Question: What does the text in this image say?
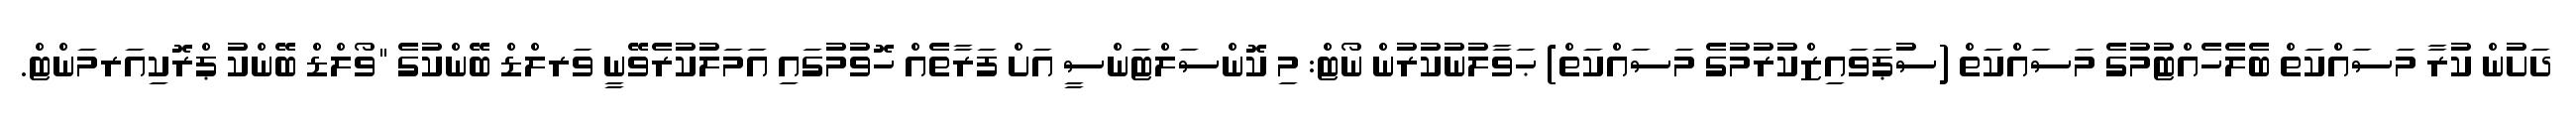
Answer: ދަށުން ކުރާ މަސައްކަތް ބެލެހެއްޓުމުގެ މަސައްކަތް (ސުޕަވައިޒްކުރުމުގެ މަސައްކަތް) ޙަވާލުނުކުރުން ނޯޓް: މި ކޮންސަލްޓަންސީ އަށް ފަރާތެއް ހޮވުމުގައި އަމަލުކުރެވޭނީ ވަރލްޑް ބޭންކުގެ "ވޯލްޑް ބޭންކު ޕްރޮކިއަރމަންޓް.